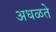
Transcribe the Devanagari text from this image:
अधळते